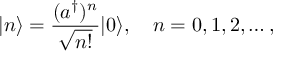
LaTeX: | n \rangle = { \frac { ( a ^ { \dagger } ) ^ { n } } { \sqrt { n ! } } } | 0 \rangle , \quad n = 0 , 1 , 2 , \ldots ,